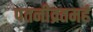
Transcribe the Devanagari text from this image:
पतनीव्रतमहं